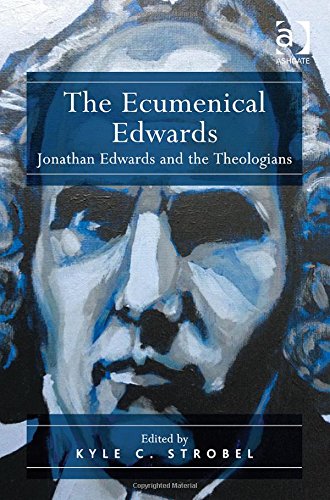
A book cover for The Ecumenical Edwards: Jonathan Edwards and the Theologians; Kyle C. Strobel; Christian Books & Bibles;